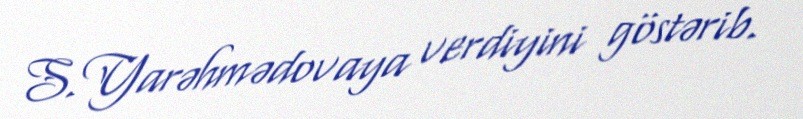
S.Yarəhmədovaya verdiyini göstərib.